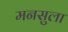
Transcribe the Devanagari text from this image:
मनसुला